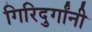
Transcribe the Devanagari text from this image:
गिरिदुर्गांनी